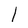
Character: l